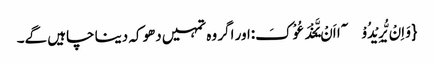
{وَ اِنْ یُّرِیْدُوْۤا اَنْ یَّخْدَعُوْکَ:اور اگر وہ تمہیں دھوکہ دینا چاہیں گے۔